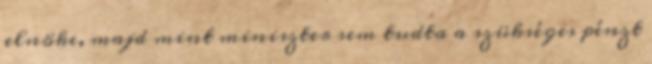
elnöke, majd mint miniszter sem tudta a szükséges pénzt